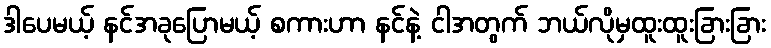
ဒါပေမယ့် နင်အခုပြောမယ့် စကားဟာ နင်နဲ့ ငါအတွက် ဘယ်လိုမှထူးထူးခြားခြား